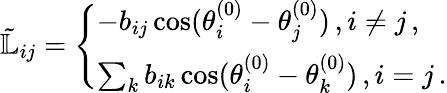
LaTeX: \begin{array}{r}{\tilde{\mathbb{L}}_{ij}=\left\{ \begin{array}{ll}{-b_{ij}\cos(\theta_{i}^{(0)}-\theta_{j}^{(0)})\, ,i\neq j\, ,}\\ {\sum_{k}b_{ik}\cos(\theta_{i}^{(0)}-\theta_{k}^{(0)})\, ,i=j\, .}\end{array}\right.}\end{array}